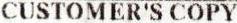
CUSTOMER'S COPY